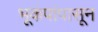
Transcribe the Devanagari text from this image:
भूकंपांपासून